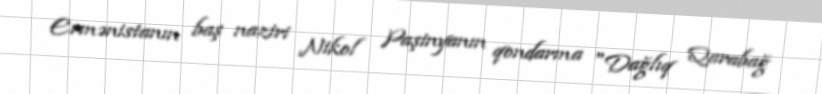
Ermənistanın baş naziri Nikol Paşinyanın qondarma "Dağlıq Qarabağ